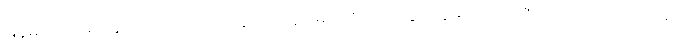
မြန်မာပြည်မှာနေကြသည်၊ ဘယ်သူ လာကူပါ့မယ် စတဲ့ ဝတ္ထုတွေမှာလည်း ဇာတ်အိမ်လေးလေးနဲ့